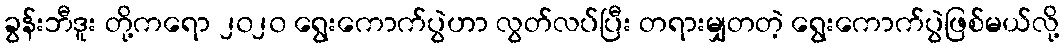
ခွန်းဘီဒူး တို့ကရော ၂၀၂၀ ရွေးကောက်ပွဲဟာ လွတ်လပ်ပြီး တရားမျှတတဲ့ ရွေးကောက်ပွဲဖြစ်မယ်လို့